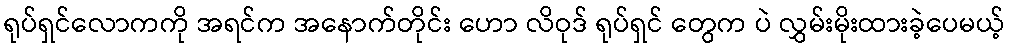
ရုပ်ရှင်လောကကို အရင်က အနောက်တိုင်း ဟော လိဝုဒ် ရုပ်ရှင် တွေက ပဲ လွှမ်းမိုးထားခဲ့ပေမယ့်